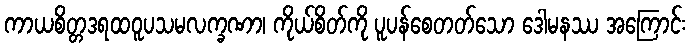
ကာယစိတ္တဒရထဝူပသမလက္ခဏာ၊ ကိုယ်စိတ်ကို ပူပန်စေတတ်သော ဒေါမနဿ အကြောင်း